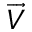
\overrightarrow { V }